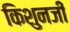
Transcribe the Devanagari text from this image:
किशुनजी